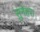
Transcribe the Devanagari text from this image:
सुनेहरा